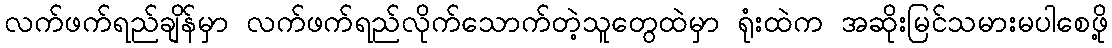
လက်ဖက်ရည်ချိန်မှာ လက်ဖက်ရည်လိုက်သောက်တဲ့သူတွေထဲမှာ ရုံးထဲက အဆိုးမြင်သမားမပါစေဖို့